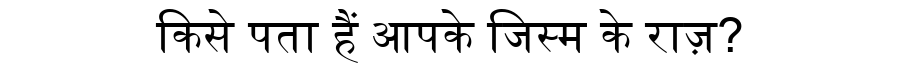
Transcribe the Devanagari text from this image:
किसे पता हैं आपके जिस्म के राज़?